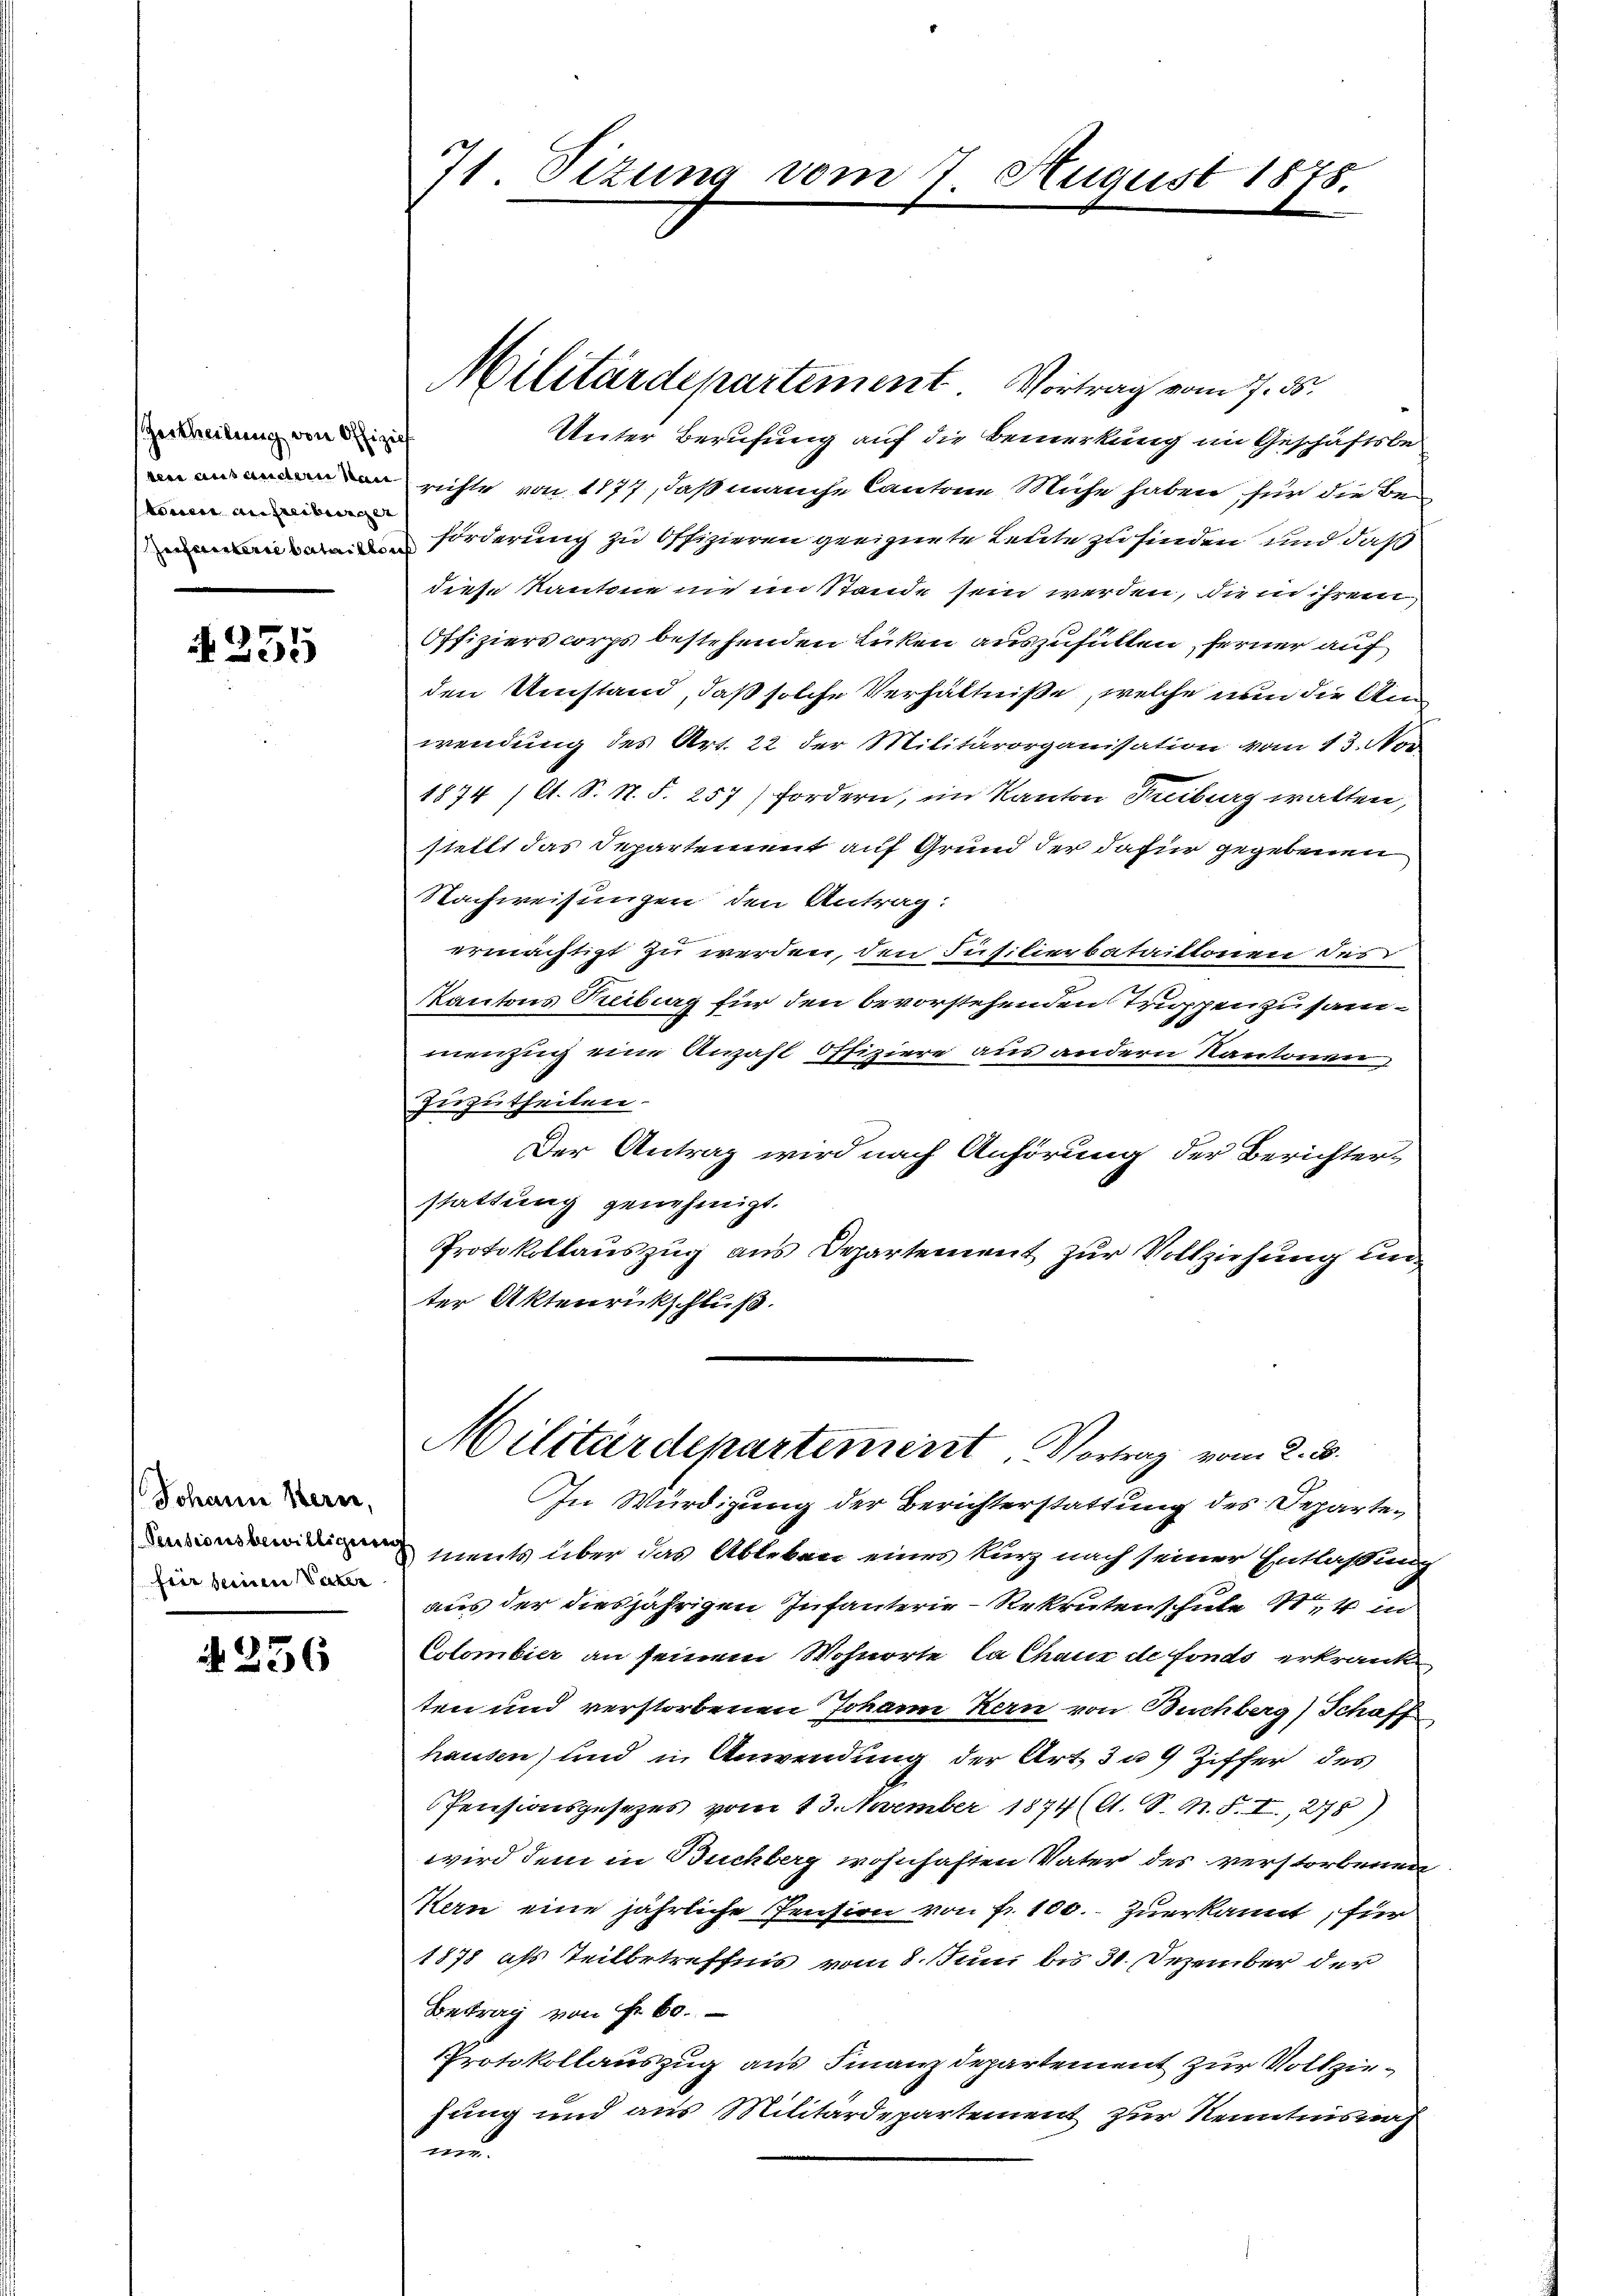
Zertheilung von Offizie
teien aufreiburger

A 255

Militärdepartement. Vortrag vom 7. ds.
Unter Berufung auf die Bemerkung im Geschäftsbe¬
 richte von 1877, daß manche Cantone Mühe haben für die Be¬
Forderung zu Offizieren geeignete Leute zu finden und daß
diese Kantone nie im Stande sein werden, die in ihrem
Offiziers corps bestehenden Lücken auszufüllen, ferner auf
den Umstand, daß solche Verhältniße, welche nun die An
wendung des Art. 22 der Militärorganisation vom 13. Nov
1874 (lt. S. N. S. 257) fordern, im Kanton Freiburg walten,
stellt das Departement auf Grund der dafür gegebenen
Nachweisungen den Antrag:
ermächtigt zu werden, den Füsilierbataillonen des
Kantons Reiburg für den bevorstehenden Truppen zusammenzug eine Anzahl offiziere aus andern Kantonen,
Zuzutheilen.
Der Antrag wird nach Anhörung der Berichter-
stattung genehmigt.
Protokollauszug aus Departement zur Vollziehung un
ter Aktenrückschluß.

Johann Bern,
feir seinen Vater

N 236

71 Sizung vom 7. August 1875.

In Würdigung der Berichterstattung des Departe¬
 ments über das Ableben eines kurz nach seiner Entlaßung
aus der diesjährigen Infanterie - Rekruten schule 14 in
Colombier an seinem Wohnorte la Chaus de fonds erkranke
ten und verstorbenen Johann Kern von Buchberg) Schaff
hausen) und in Anwendung der Art. 3 u 9 Ziffer des
Pensionsgesezes vom 13. November 1874 (s. S. M. F. I., 278)
wird dem in Buchberg wohnhaften Vater des verstorbenen
Hern eine jährliche Pension von Fr. 100. zuerkannt, für
1878 als Teilbetreffnis vom 8. Juni bis 31. Dezember der
Betrag von Fr. 60.
Protokollauszug aus Finanzdepartement zur Vollziehung und aus Militärdepartement zur Kenntnisnah
mun

Militärdepartement, Vortrag vom 2. B.